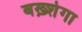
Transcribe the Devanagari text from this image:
बख़्शेगा